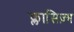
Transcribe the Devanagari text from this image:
क्लासिज़्म